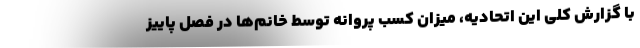
با گزارش کلی این اتحادیه، میزان کسب پروانه توسط خانم‌ها در فصل پاییز